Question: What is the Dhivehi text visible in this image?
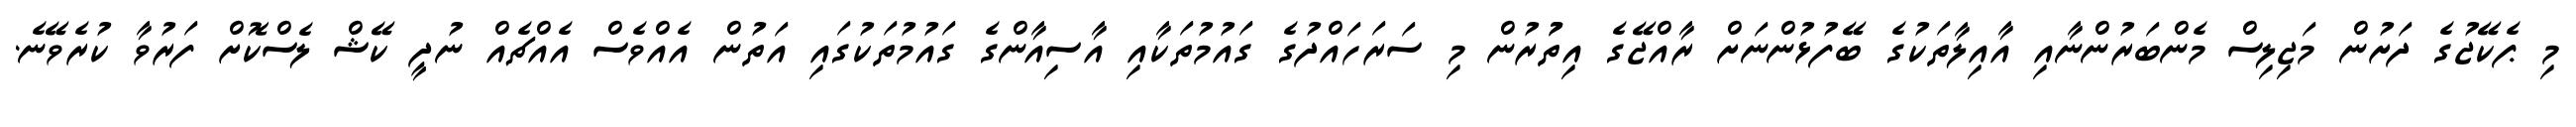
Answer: މި ޕެކޭޖުގެ ދަށުން މަޖިލިސް މެންބަރުންނާއި އާއިލާތަކުގެ ބޭފުޅުންނަށް ރާއްޖޭގެ އިތުުރުން މި ސަރަހައްދުގެ ގައުމުތަކާއި އާސިއާންގެ ގައުމުތަކުގައި އަތުން އެއްވެސް އެއްޗެއް ނުދީ ކޭޝް ލެސްކޮށް ފަރުވާ ކުރެވޭނެ.